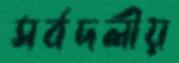
সর্বদলীয়